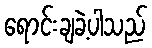
ရောင်းချခဲ့ပါသည်